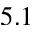
5 . 1